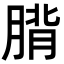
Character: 𮌡